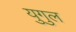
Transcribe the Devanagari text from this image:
युगुल